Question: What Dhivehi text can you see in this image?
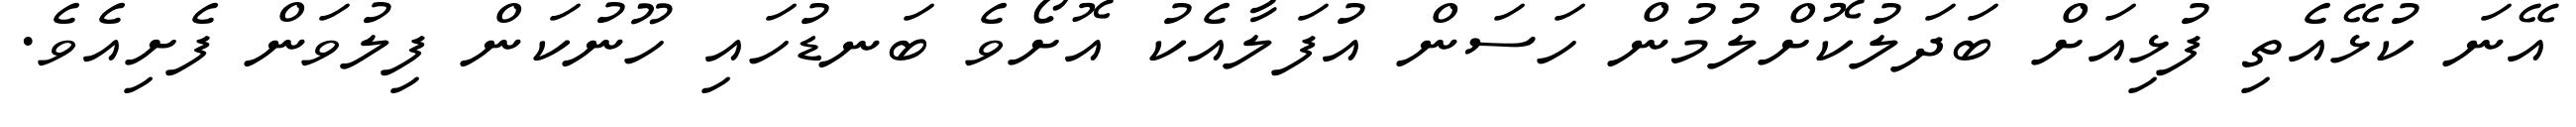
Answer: އޭނަ ކުޅޭއެތި ފުޅިއަށް ބަދަލުކޮށްލުމުން ހަސަން އުފަލާއެކު އޮށޯވެ ބަނޑުހައި ހޫނުކަން ފިލުވަން ފެށިއެވެ.